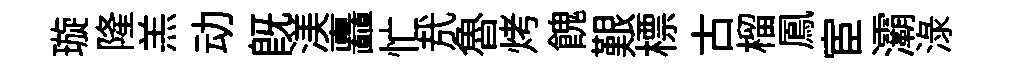
璇隆羔动旣渼矗忙㢤魯烤餽艱標古榴鳳宦灞渌